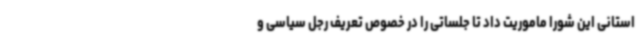
استانی این شورا ماموریت داد تا جلساتی را در خصوص تعریف رجل سیاسی و